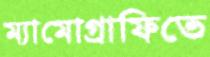
ম্যামোগ্রাফিতে